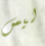
ليس